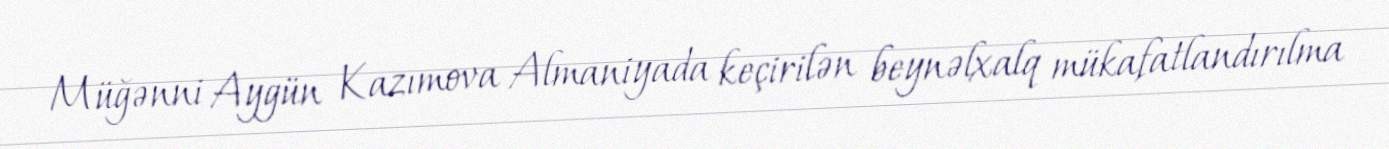
Müğənni Aygün Kazımova Almaniyada keçirilən beynəlxalq mükafatlandırılma